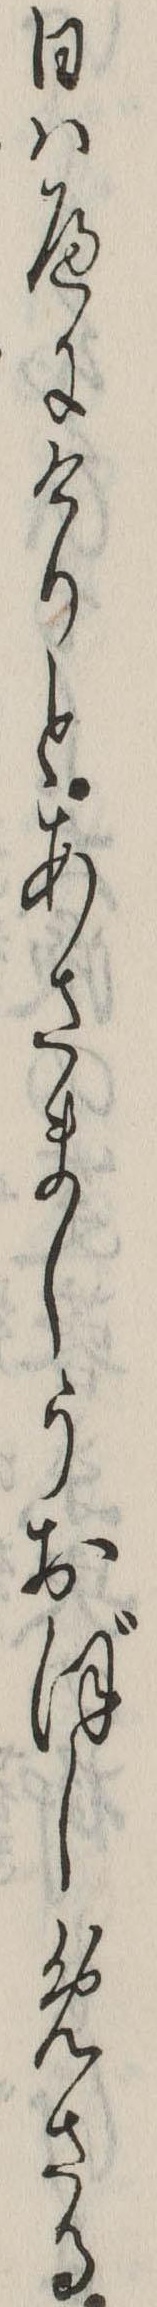
日はへにけりとあさましうおぼしめさる